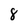
Character: 8